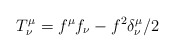
\begin{align*}T_{\nu }^{\mu }=f^{\mu }f_{\nu }-f^{2}\delta _{\nu }^{\mu }/2 \end{align*}